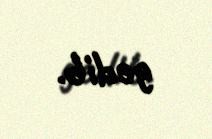
gedib.